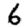
Digit: 6